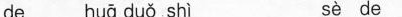
de huā duǒ shì sè de